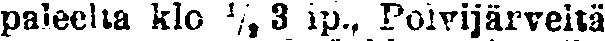
paleelta klo ½3 ip., Polvijärveltä